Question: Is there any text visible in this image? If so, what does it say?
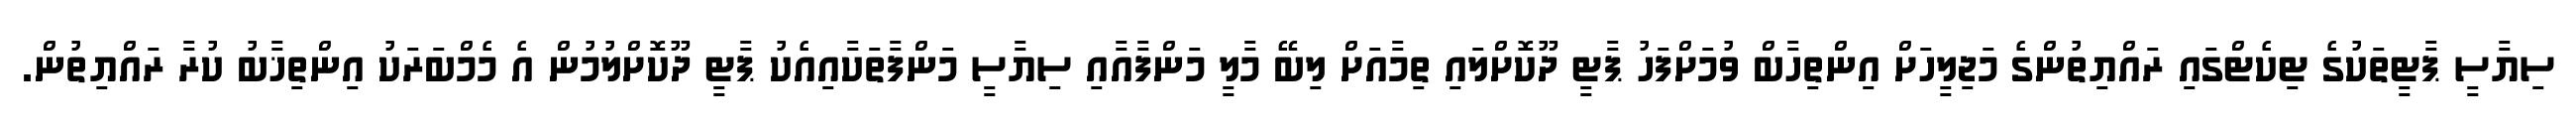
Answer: ސިޔާސީ ޕާޓީތަކުގެ ޓިކެޓްގައި ރައްޔިތުންގެ މަޖިލީހަށް އިންތިހާބް ވުމަށްފަހު ޕާޓީ ދޫކޮށްލައި ތިމާއަށް ލިބޭ މާލީ މަންފާއާއި ސިޔާސީ މަންފާތަކާއިއެކު ޕާޓީ ދޫކޮށްލުމުން އެ މެމްބަރަކު އިންތިޚާބު ކުރާ ރައްޔިތުން.